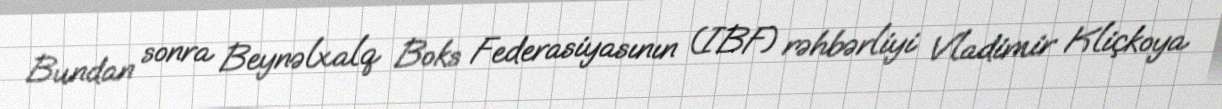
Bundan sonra Beynəlxalq Boks Federasiyasının (IBF) rəhbərliyi Vladimir Kliçkoya